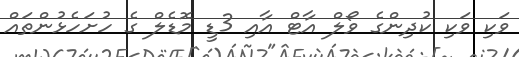
ވަކި ވަކި ކުދިންގެ ވޯލް އާޓް އާއި 3ޑީ މޮޑެލް ގެ ހުށަހެޅުންތައް